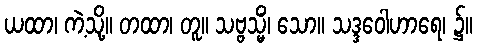
ယထာ၊ ကဲ့သို့။ တထာ၊ တူ။ သဗ္ဗသ္မိံ၊ သော။ သဒ္ဒဝေါဟာရေ၊ ၌။